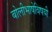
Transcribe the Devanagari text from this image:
बोलीभाषेविषयी